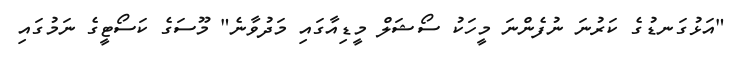
"އަޅުގަނޑުގެ ކަރުނަ ނުފެންނަ މީހަކު ސޯޝަލް މީޑިއާގައި މަދުވާނެ" މޫސަގެ ކަސޯޓީގެ ނަމުގައި